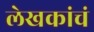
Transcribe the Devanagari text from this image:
लेखकांचं